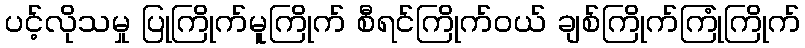
ပင့်လိုသမှု ပြုကြိုက်မူကြိုက် စီရင်ကြိုက်ဝယ် ချစ်ကြိုက်ကြုံကြိုက်